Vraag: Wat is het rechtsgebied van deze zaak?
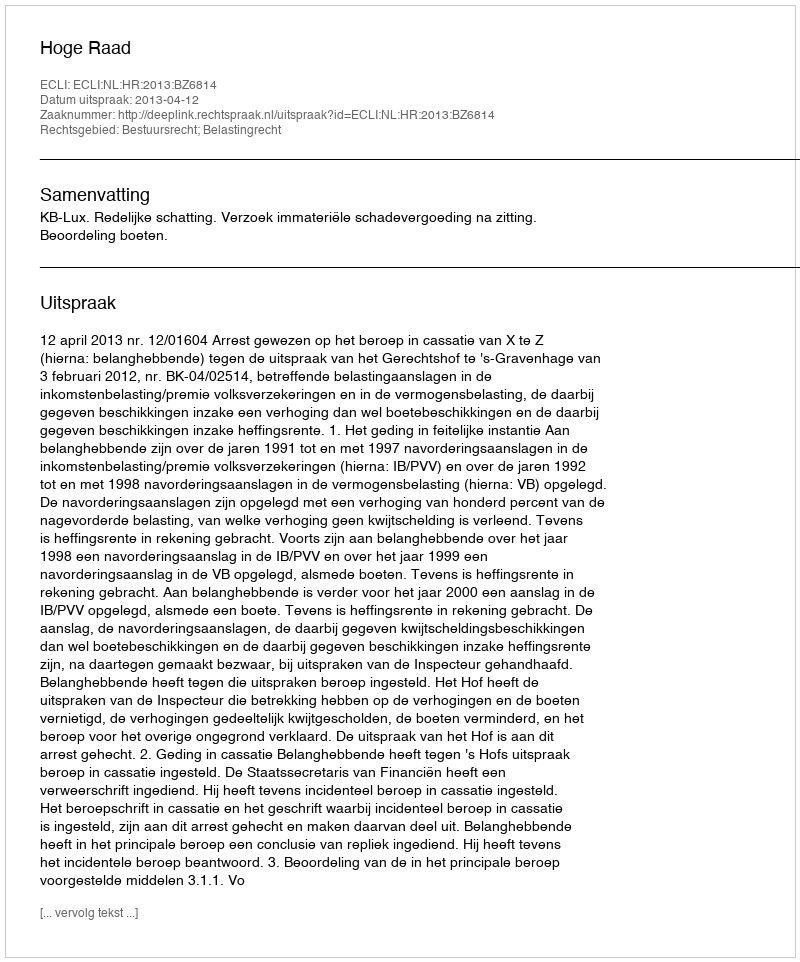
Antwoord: Bestuursrecht; Belastingrecht